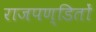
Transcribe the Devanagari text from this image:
राजपण्डितों